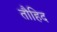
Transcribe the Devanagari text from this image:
तौहिद